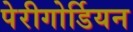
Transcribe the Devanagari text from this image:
पेरीगोर्डियन